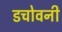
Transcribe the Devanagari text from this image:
डचोवनी